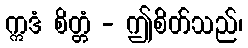
ဣဒံ စိတ္တံ - ဤစိတ်သည်၊